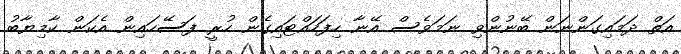
އަތް ދަމައިގަންނަން ބޭނުންވި ނަމަވެސް އޭނާ ހިފަހައްޓައިގެން ހުރީ ފަސޭހައިން އެކަން ކާމިޔާބު